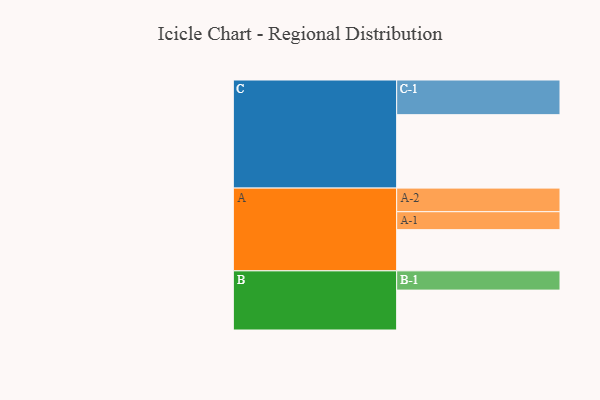
{"axis": {"x": "Segment", "y": "Value"}, "legend": ["", "A", "B", "C"], "data": [{"x": "A", "y": 323, "type": ""}, {"x": "B", "y": 313, "type": ""}, {"x": "C", "y": 576, "type": ""}, {"x": "A-1", "y": 141, "type": "A"}, {"x": "A-2", "y": 185, "type": "A"}, {"x": "B-1", "y": 151, "type": "B"}, {"x": "C-1", "y": 272, "type": "C"}]}